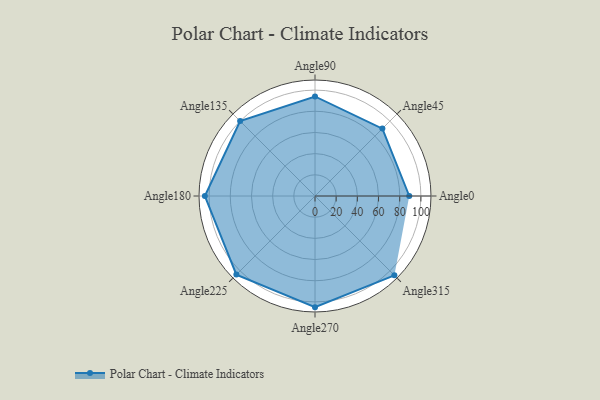
{"axis": {"x": "Angle", "y": "Radius"}, "legend": [""], "data": [{"x": "Angle0", "y": 89.0, "type": ""}, {"x": "Angle45", "y": 90.0, "type": ""}, {"x": "Angle90", "y": 94.0, "type": ""}, {"x": "Angle135", "y": 100.0, "type": ""}, {"x": "Angle180", "y": 104.0, "type": ""}, {"x": "Angle225", "y": 105.0, "type": ""}, {"x": "Angle270", "y": 105.0, "type": ""}, {"x": "Angle315", "y": 106.0, "type": ""}]}